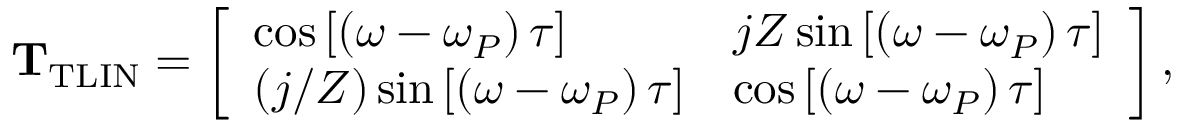
\mathrm { \mathbf { T } _ { \mathrm { T L I N } } } = \left[ \begin{array} { l l } { \cos \left[ \left( \omega - \omega _ { P } \right) \tau \right] } & { j Z \sin \left[ \left( \omega - \omega _ { P } \right) \tau \right] } \\ { \left( j / Z \right) \sin \left[ \left( \omega - \omega _ { P } \right) \tau \right] } & { \cos \left[ \left( \omega - \omega _ { P } \right) \tau \right] } \end{array} \right] ,